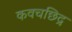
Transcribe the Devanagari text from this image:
कवचछिद्र